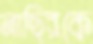
নাছিরকে